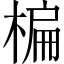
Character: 楄